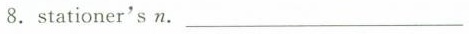
8.stationer'sn. ___